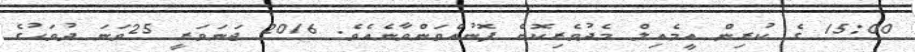
15:00 ގެ ކުރިން އީމެއިލް މެދުވެރިކޮށް ފޮނުއްވަންވާނެއެވެ. 2016 ޖަނަވަރީ 25ވަނަ ދުވަހުގެ